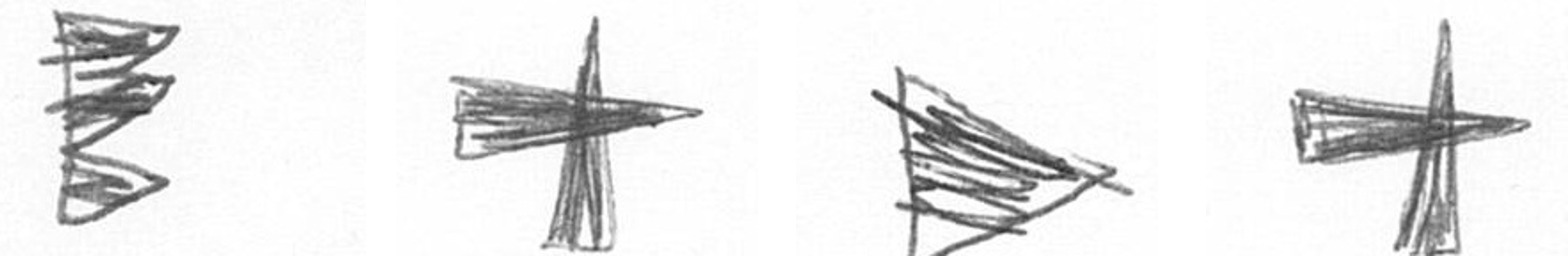
H G T G